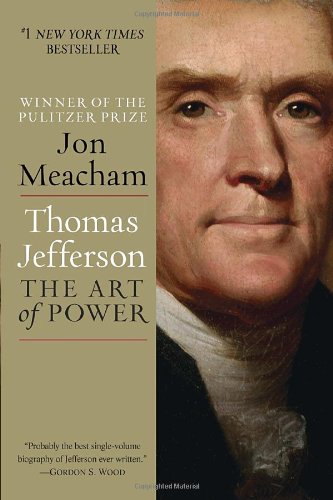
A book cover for Thomas Jefferson: The Art of Power; Jon Meacham; Biographies & Memoirs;